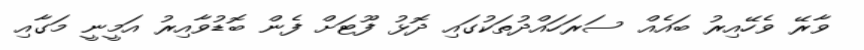
ވާރޭ ވެހޭއިރު ބައެއް ސަރަހައްދުތަކުގައި ދޮޅު ފޫޓަށް ފެން ބޮޑުވާއިރު އަމީނީ މަގާއި